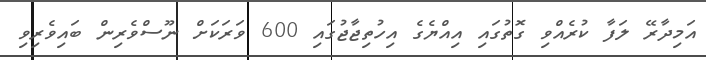
އަމިދާރޭ ލަފާ ކުރެއްވި ގޮތުގައި އިއްޔެގެ އިހުތިޖާޖުގައި 600 ވަރަކަށް ނޫސްވެރިން ބައިވެރިވި